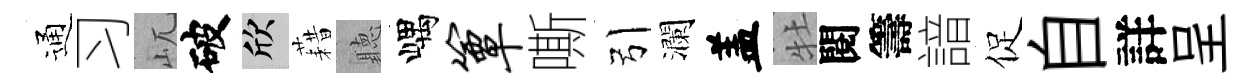
通习屼破欣藉聽嵎簟嘶引瀾盖牡閱籌諳促自詳呈